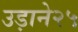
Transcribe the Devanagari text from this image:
उड़ाने२५